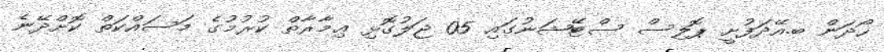
ހޯދަން ބ.އޭދަފުށީ ޕޮލިސް ސްޓޭޝަނުގައި 05 ޖަލުގޮޅި ޢިމާރާތް ކުރުމުގެ މަސައްކަތް ކޮށްދޭނެ